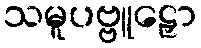
သမူပဗ္ဗူဠှော